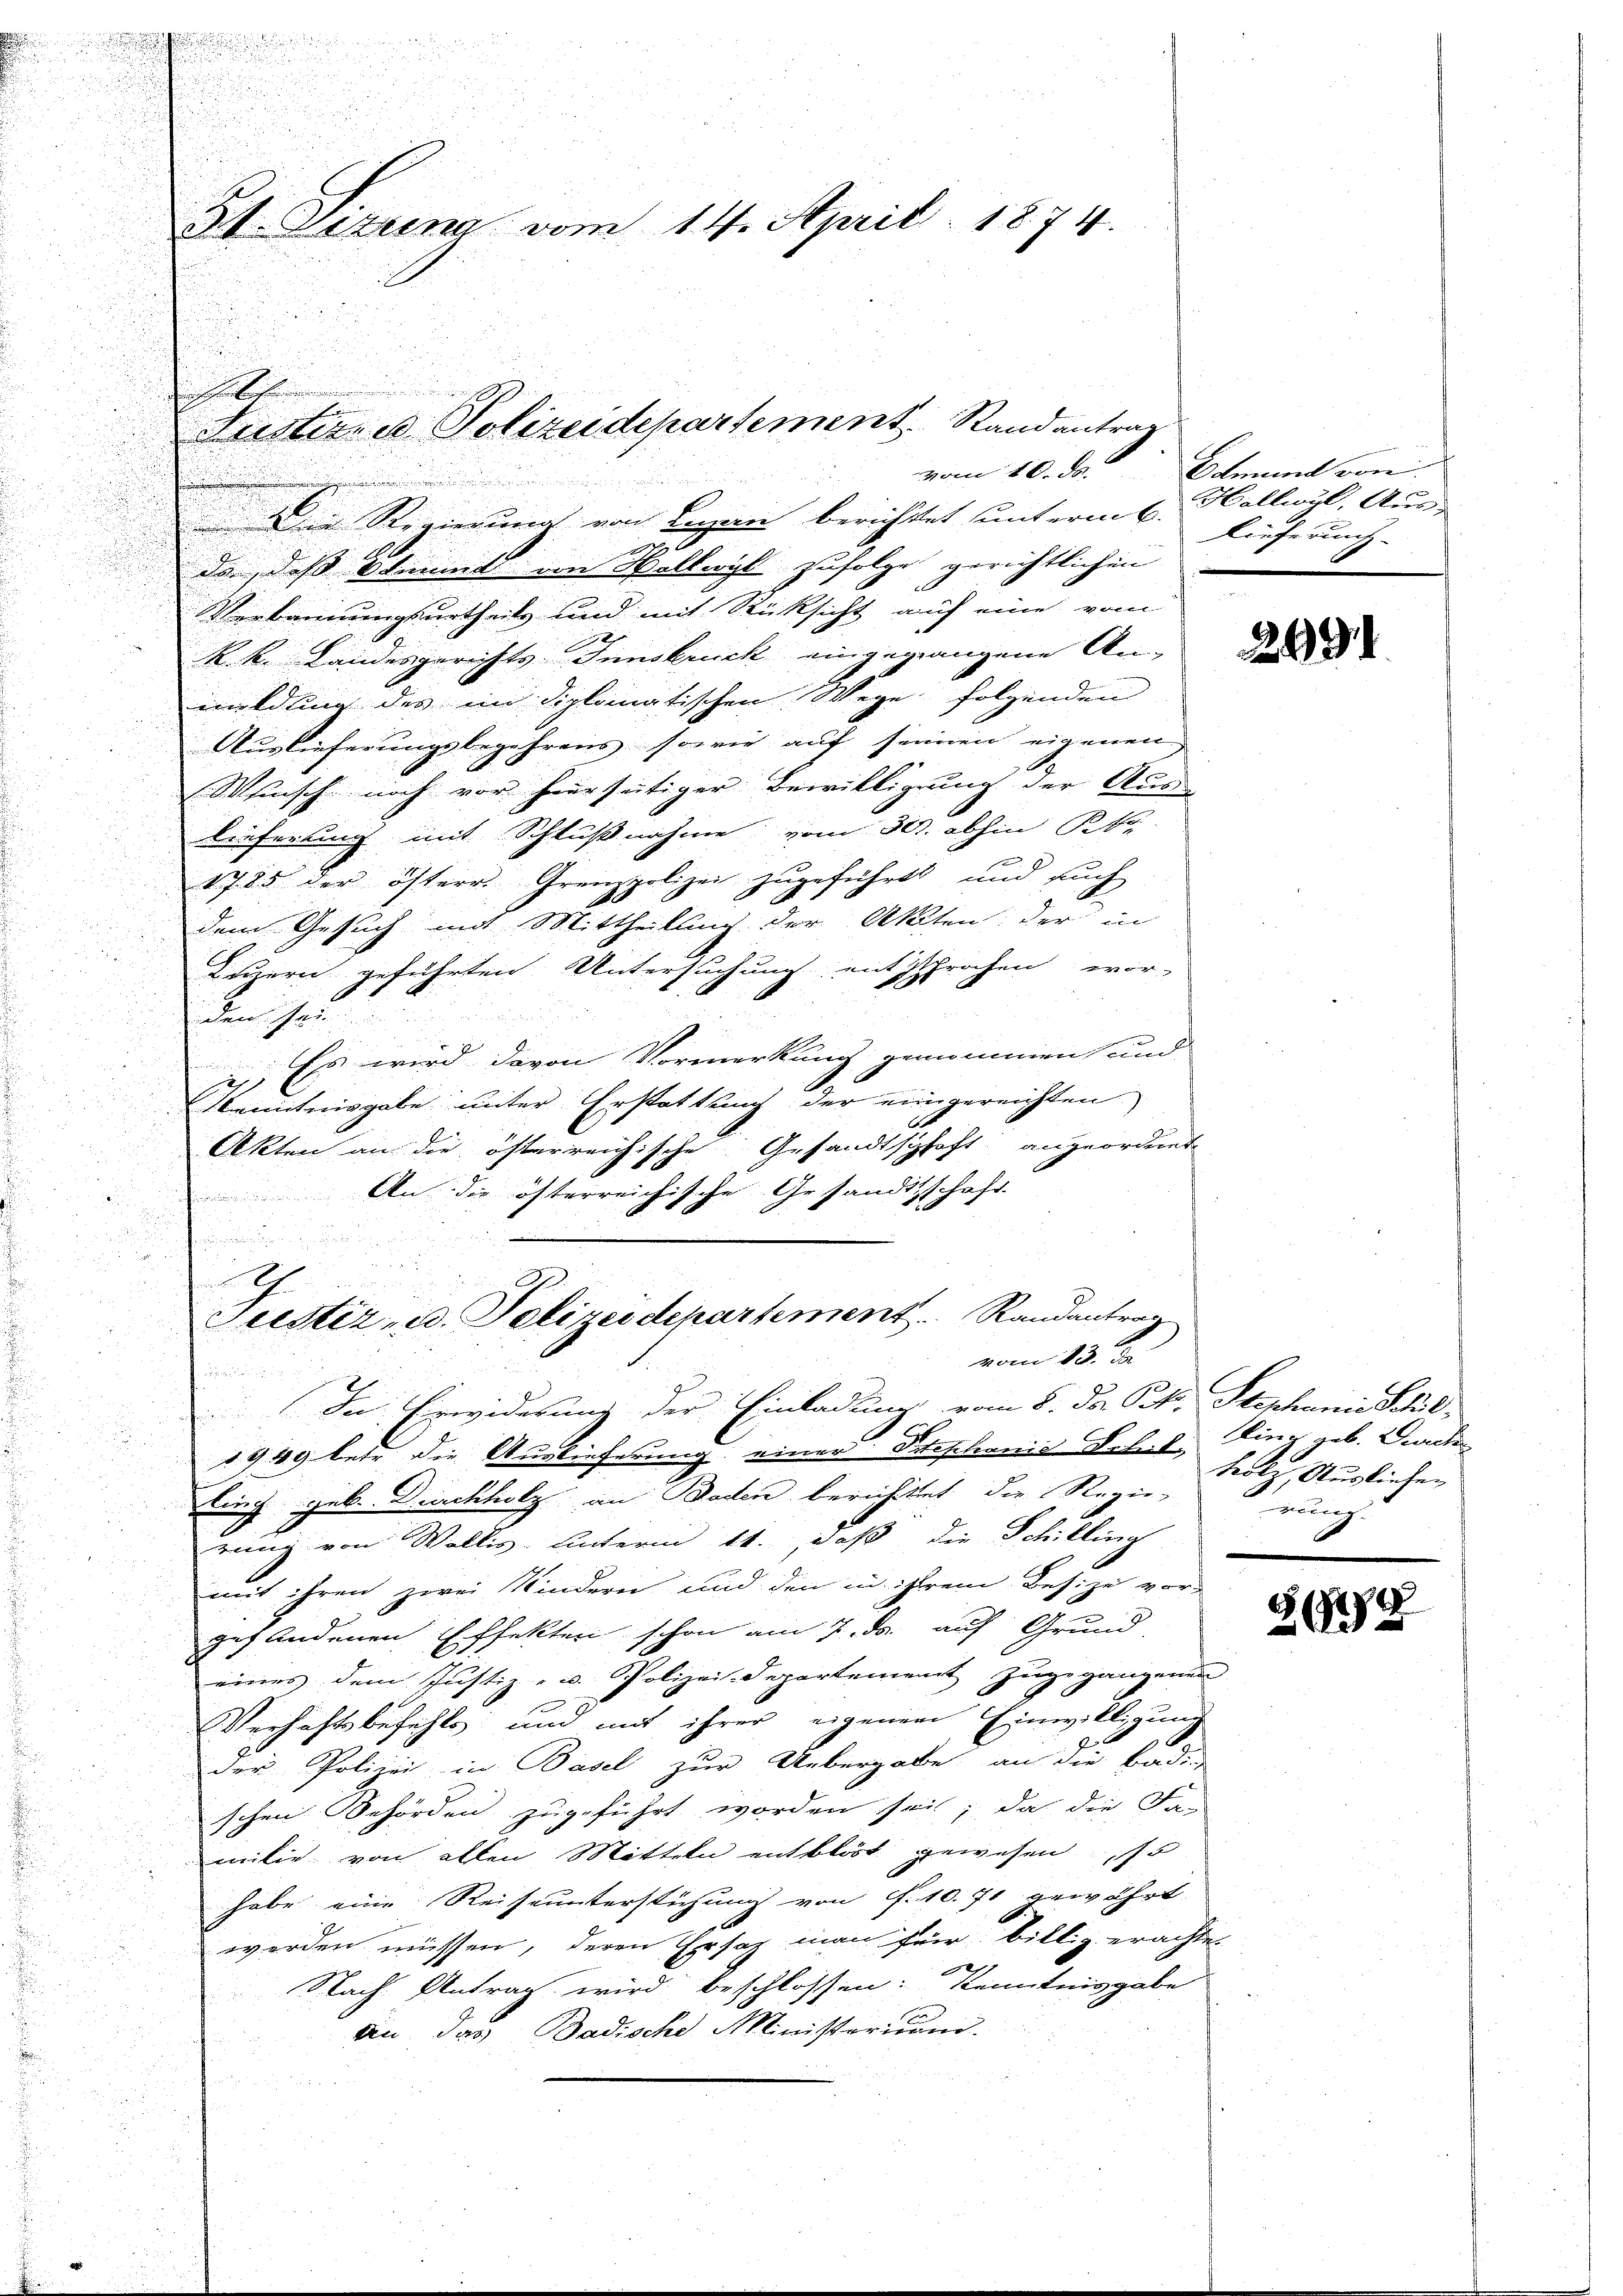
n

.

.

31. Mitung vom 14. April 1874.

Die Regierung von Liegen berichtet unterm 6.
de, das Stimmel von Hallwyl zufolge gerichtlichen
Verkennungsurtheils und mit Rücksicht auf eine vom
R. k. Landesgerichts Innsbruck eingegangene An-
maldling des in diplomatischen Wege folgenden
Auslieferungsbegehrens sowie auf seinen eigenen
Wunsch noch vor hiersütiger Bewilligung der Aus-
lieferung mit Schlußnahme vom 30. abhin t
u
1785 der östere Grenzpolizei zugeführt und such
dem Gesuch mit Mittheilung der Akten: der in
Luzern geführten Untersuchung entsprochen wor-
 ge

Es wird davon Vormerkung genommen und
h
Kenntnisgabe unter Erstattung der eingereichten
Akten an die österreichische Gesandtschaft angeordnet
An die österreichische Gesandtschaft
.
auch einen sein, und
.
¬

Justiz- u. Polizeidepartement . . .   Randantrag
u
vom 13. J

In Erwiderung der Einladung vom 8. der Sekr. Stephanie Schl
1949 betr die Auslieferung einer Titeschanis Scheit Ding geb. Brachen
ling geb. Dickholz an Baden berichtet die Regie-
rung von Wallis unterm 11. daß die Schilling
i
mit ihren zwei Kindern und den in ihrem Besize vor-
gefandenen Effekten schon am 7. ds. auf Grund
eines dem Justiz- u. Polizeidepartement zugegangenen
Verhaftsbefehls und mit ihrer eigenem Einwilligung
der Polizei in Basel zur Uebergabe an die Baden
schen Behörden zugeführt worden sei; da die San
milie von allen Mitteln entblöst gewesen so
.
habe eine Reiseunterstichung von ff. 10. 71 gewährt
werden müssen, deren Ersatz man für billig erachten
Nach Antrag wird beschlossen: Kenntnisgabe
an, das Badische Ministerium.

i
Fristern es Polizeidepartement. Randantrag
vom 10. ds.

Eemand von
Hallwyl, Aus-
Lieferung

2491.

tolz, Ausliefen
rung.

2